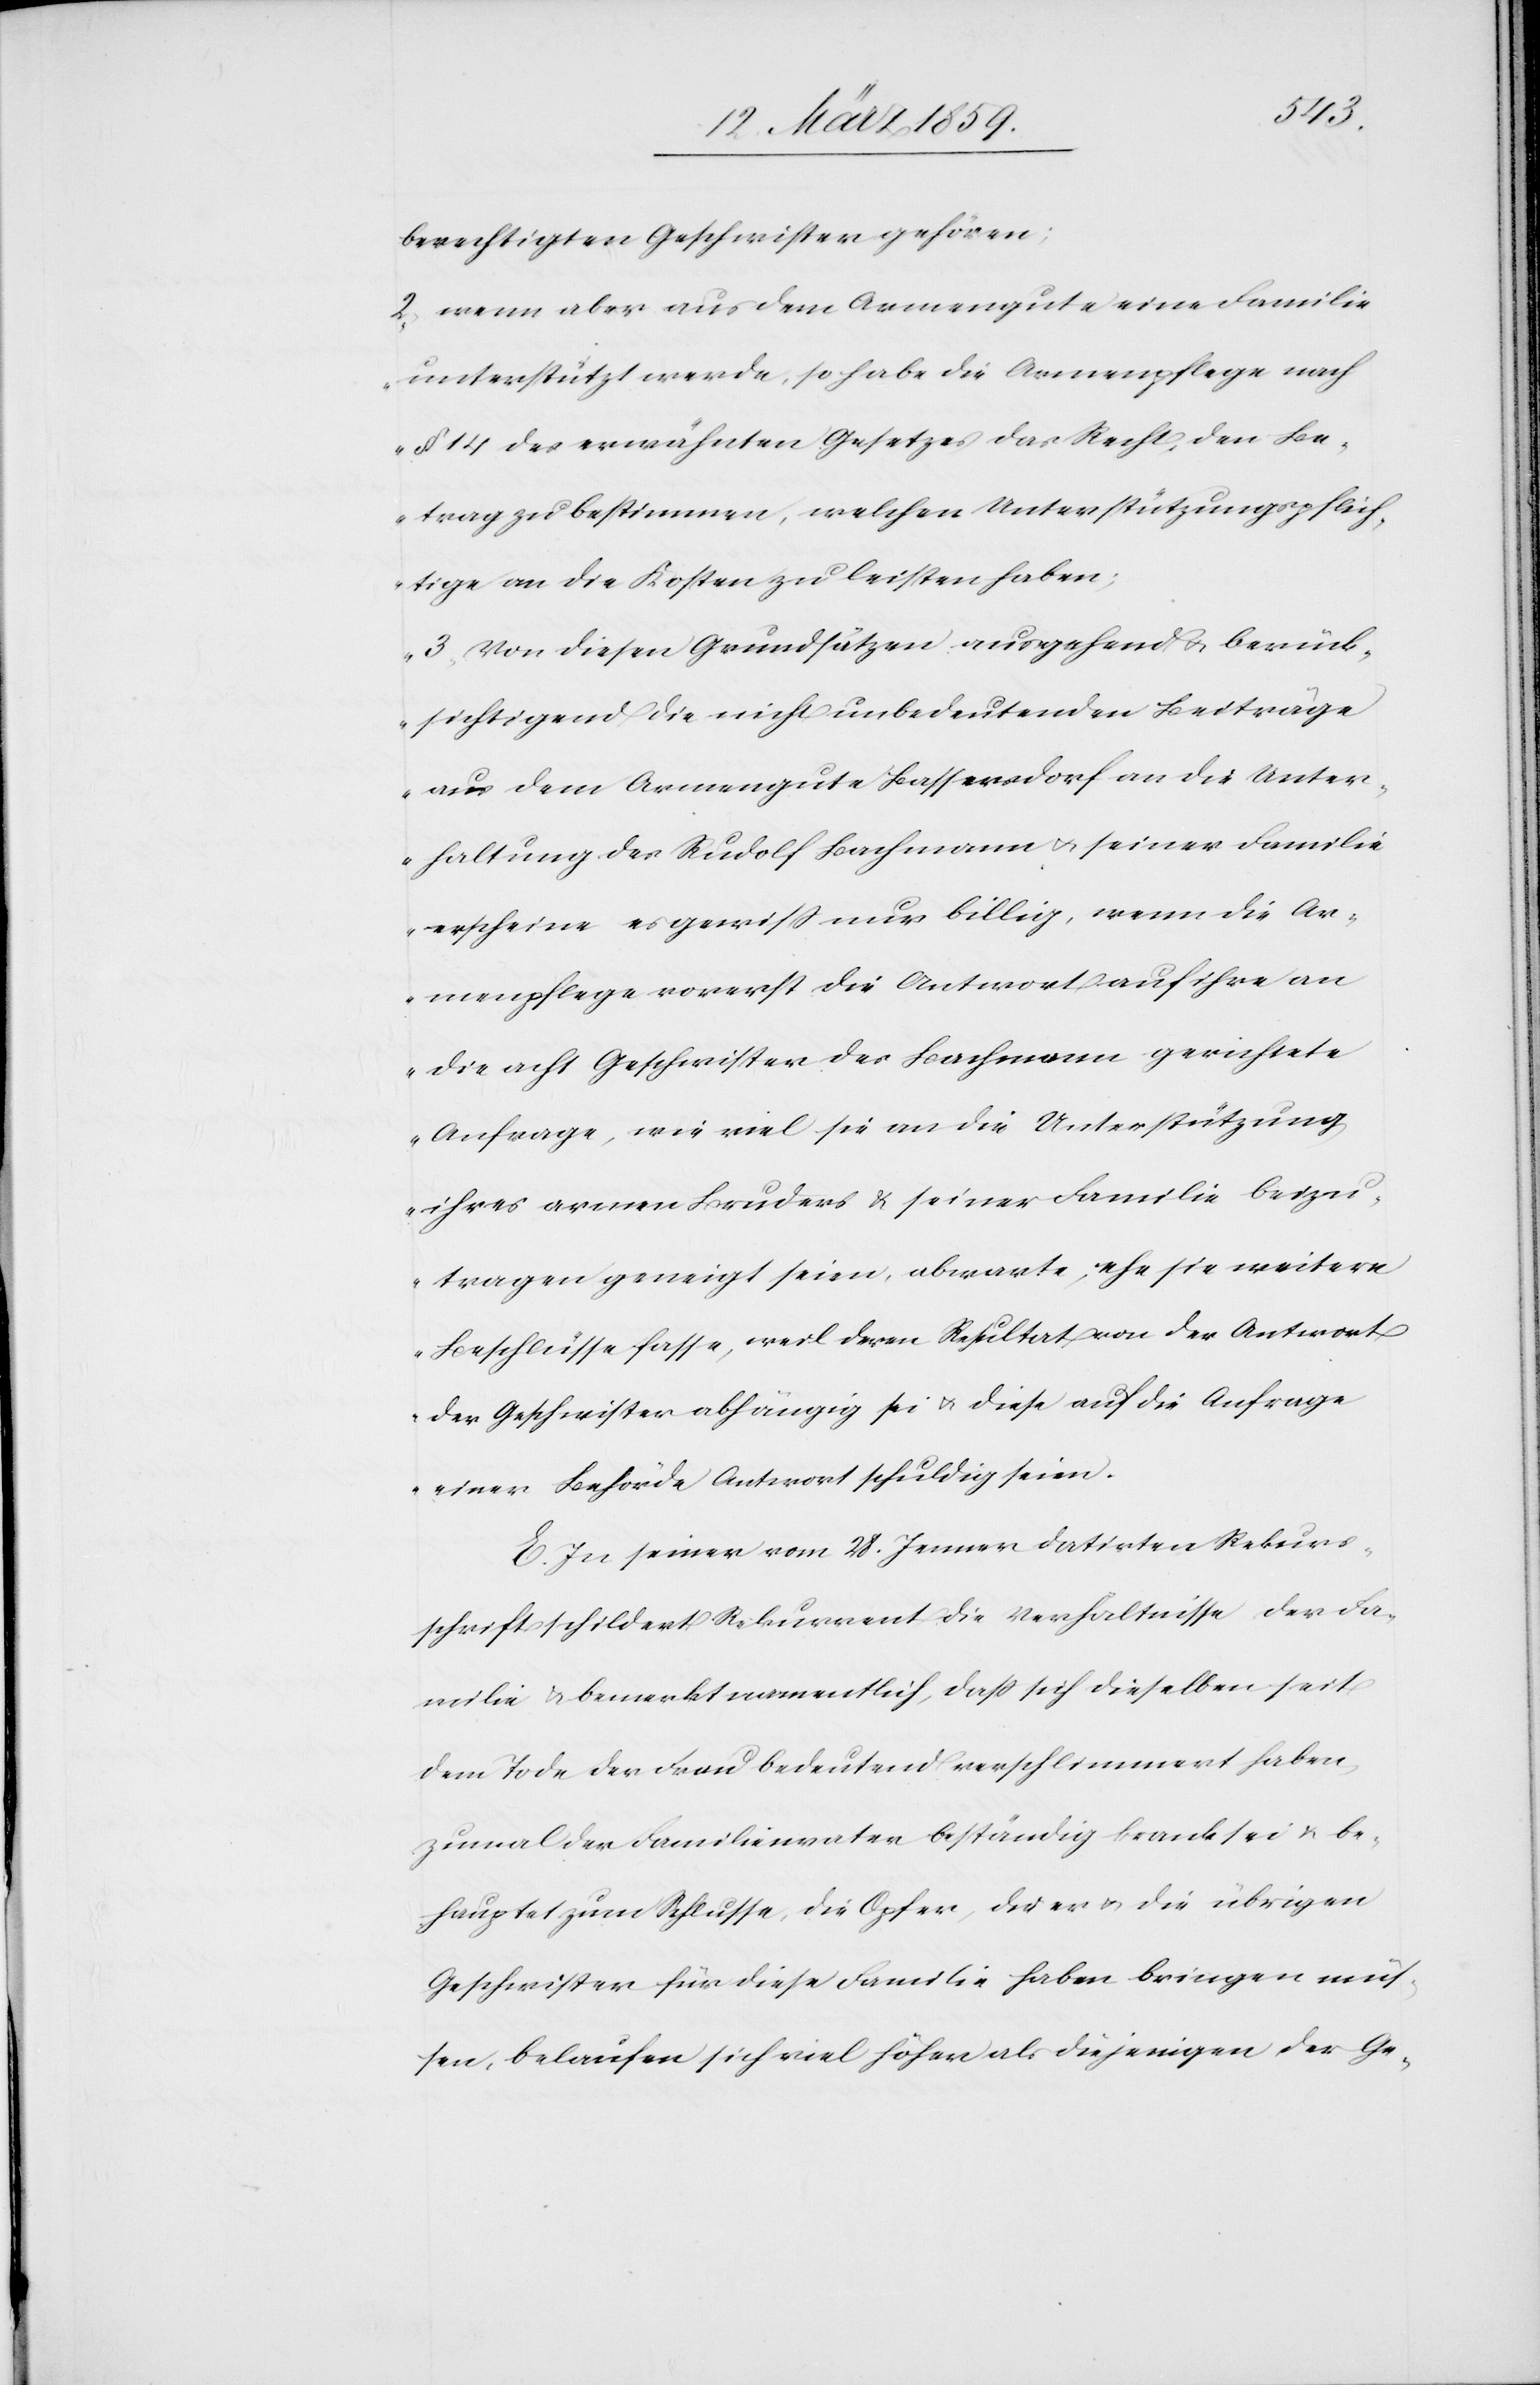
berechtigten Geschwister gehören;
2) wenn aber aus dem Armengute eine Familie
unterstützt werde, so habe die Armenpflege nach
§ 14 des erwähnten Gesetzes das Recht, den Be¬
trag zu bestimmen, welchen Unterstützungspflich¬
tige an die Kosten zu leisten haben;
3) Von diesen Grundsätzen ausgehend & berück¬
sichtigend die nicht unbedeutenden Beiträge
aus dem Armengute Bassersdorf an die Unter¬
haltung des Rudolf Bachmann u. seiner Familie
erscheine es gewiß nur billig, wenn die Ar¬
menpflege vorerst die Antwort auf ihre an
die acht Geschwister des Bachmann gerichtete
Anfrage, wie viel sie an die Unterstützung
ihres armen Bruders & seiner Familie beizu¬
tragen geneigt seien, abwarte, ehe sie weitere
Beschlüsse fasse, weil deren Resultat von der Antwort
der Geschwister abhängig sei u. diese auf die Anfrage
einer Behörde Antwort schuldig seien.
E. In seiner vom 28. Jenner datirten Rekurs¬
schrift schildert Rekurrent die Verhältnisse der Fa¬
milie & bemerkt namentlich, daß sich dieselben seit
dem Tode der Frau bedeutend verschlimmert haben,
zumal der Familienvater beständig krank sei & be¬
hauptet zum Schlusse, die Opfer, die er u. die übrigen
Geschwister für diese Familie haben bringen müs¬
sen, belaufen sich viel höher als diejenigen der Ge-